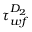
\tau _ { w f } ^ { D _ { 2 } }